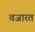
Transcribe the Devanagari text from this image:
वजारत